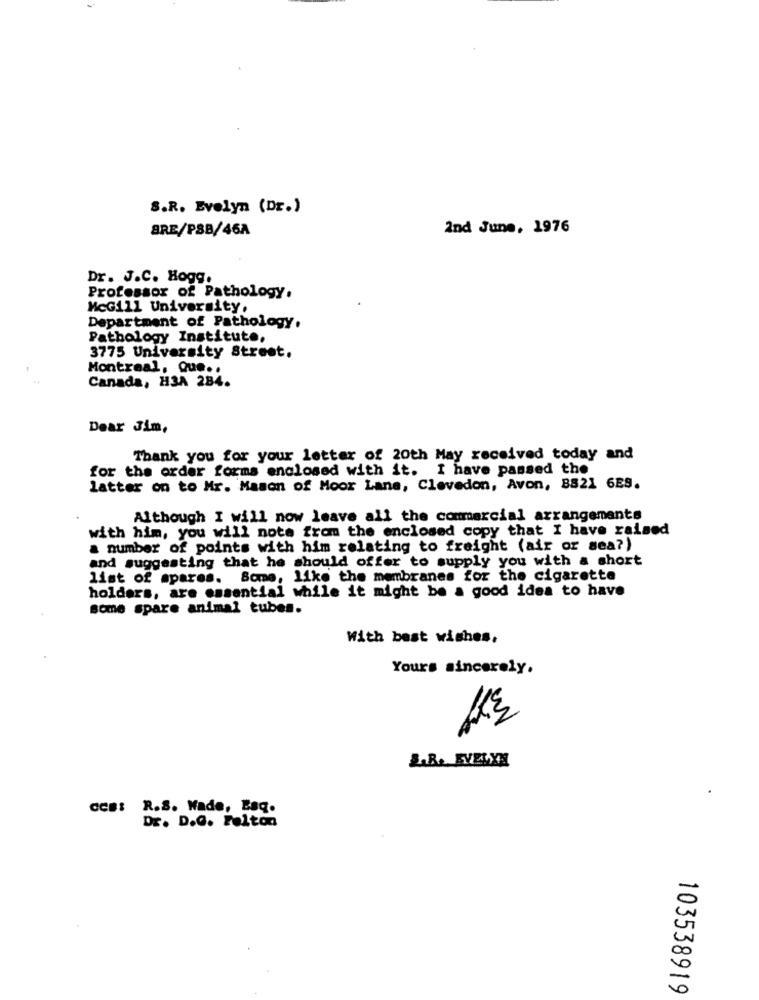
S.R. Evelyn (Dr.)
BRE/PSB/46A
2nd June, 1976
Dr. J.C. Hogg.
Professor of Pathology.
McGill University,
Department of Pathology.
Pathology Institute,
3775 University Street.
Montreal, Que ..
Canada, H3A 284.
Dear Jim,
Thank you for your letter of 20th May received today and
for the order forms enclosed with it. I have passed the
latter on to Mr. Mason of Moor Lane, Clevedon, Avon, BS21 6ES.
Although I will now leave all the commercial arrangements
with him, you will note from the enclosed copy that I have raised
a number of points with him relating to freight (air or sea?)
and suggesting that he should offer to supply you with a short
list of spares. Some, like the membranes for the cigarette
holders, are essential while it might be a good idea to have
some spare animal tubes.
With best wishes.
Yours sincerely.
LAB. EVELYN
CCB: R.S. Wade, Esq.
Dr. D.G. Felton
103538919